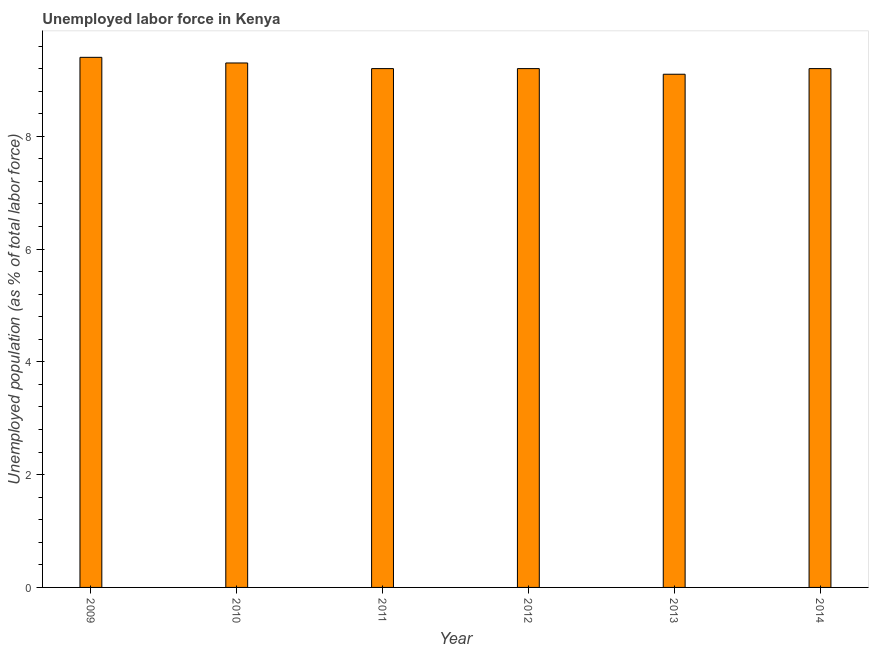
| Year | Unemployment |
 | --- | --- |
 | 2009 | 9.4 |
 | 2010 | 9.3 |
 | 2011 | 9.2 |
 | 2012 | 9.2 |
 | 2013 | 9.1 |
 | 2014 | 9.2 |